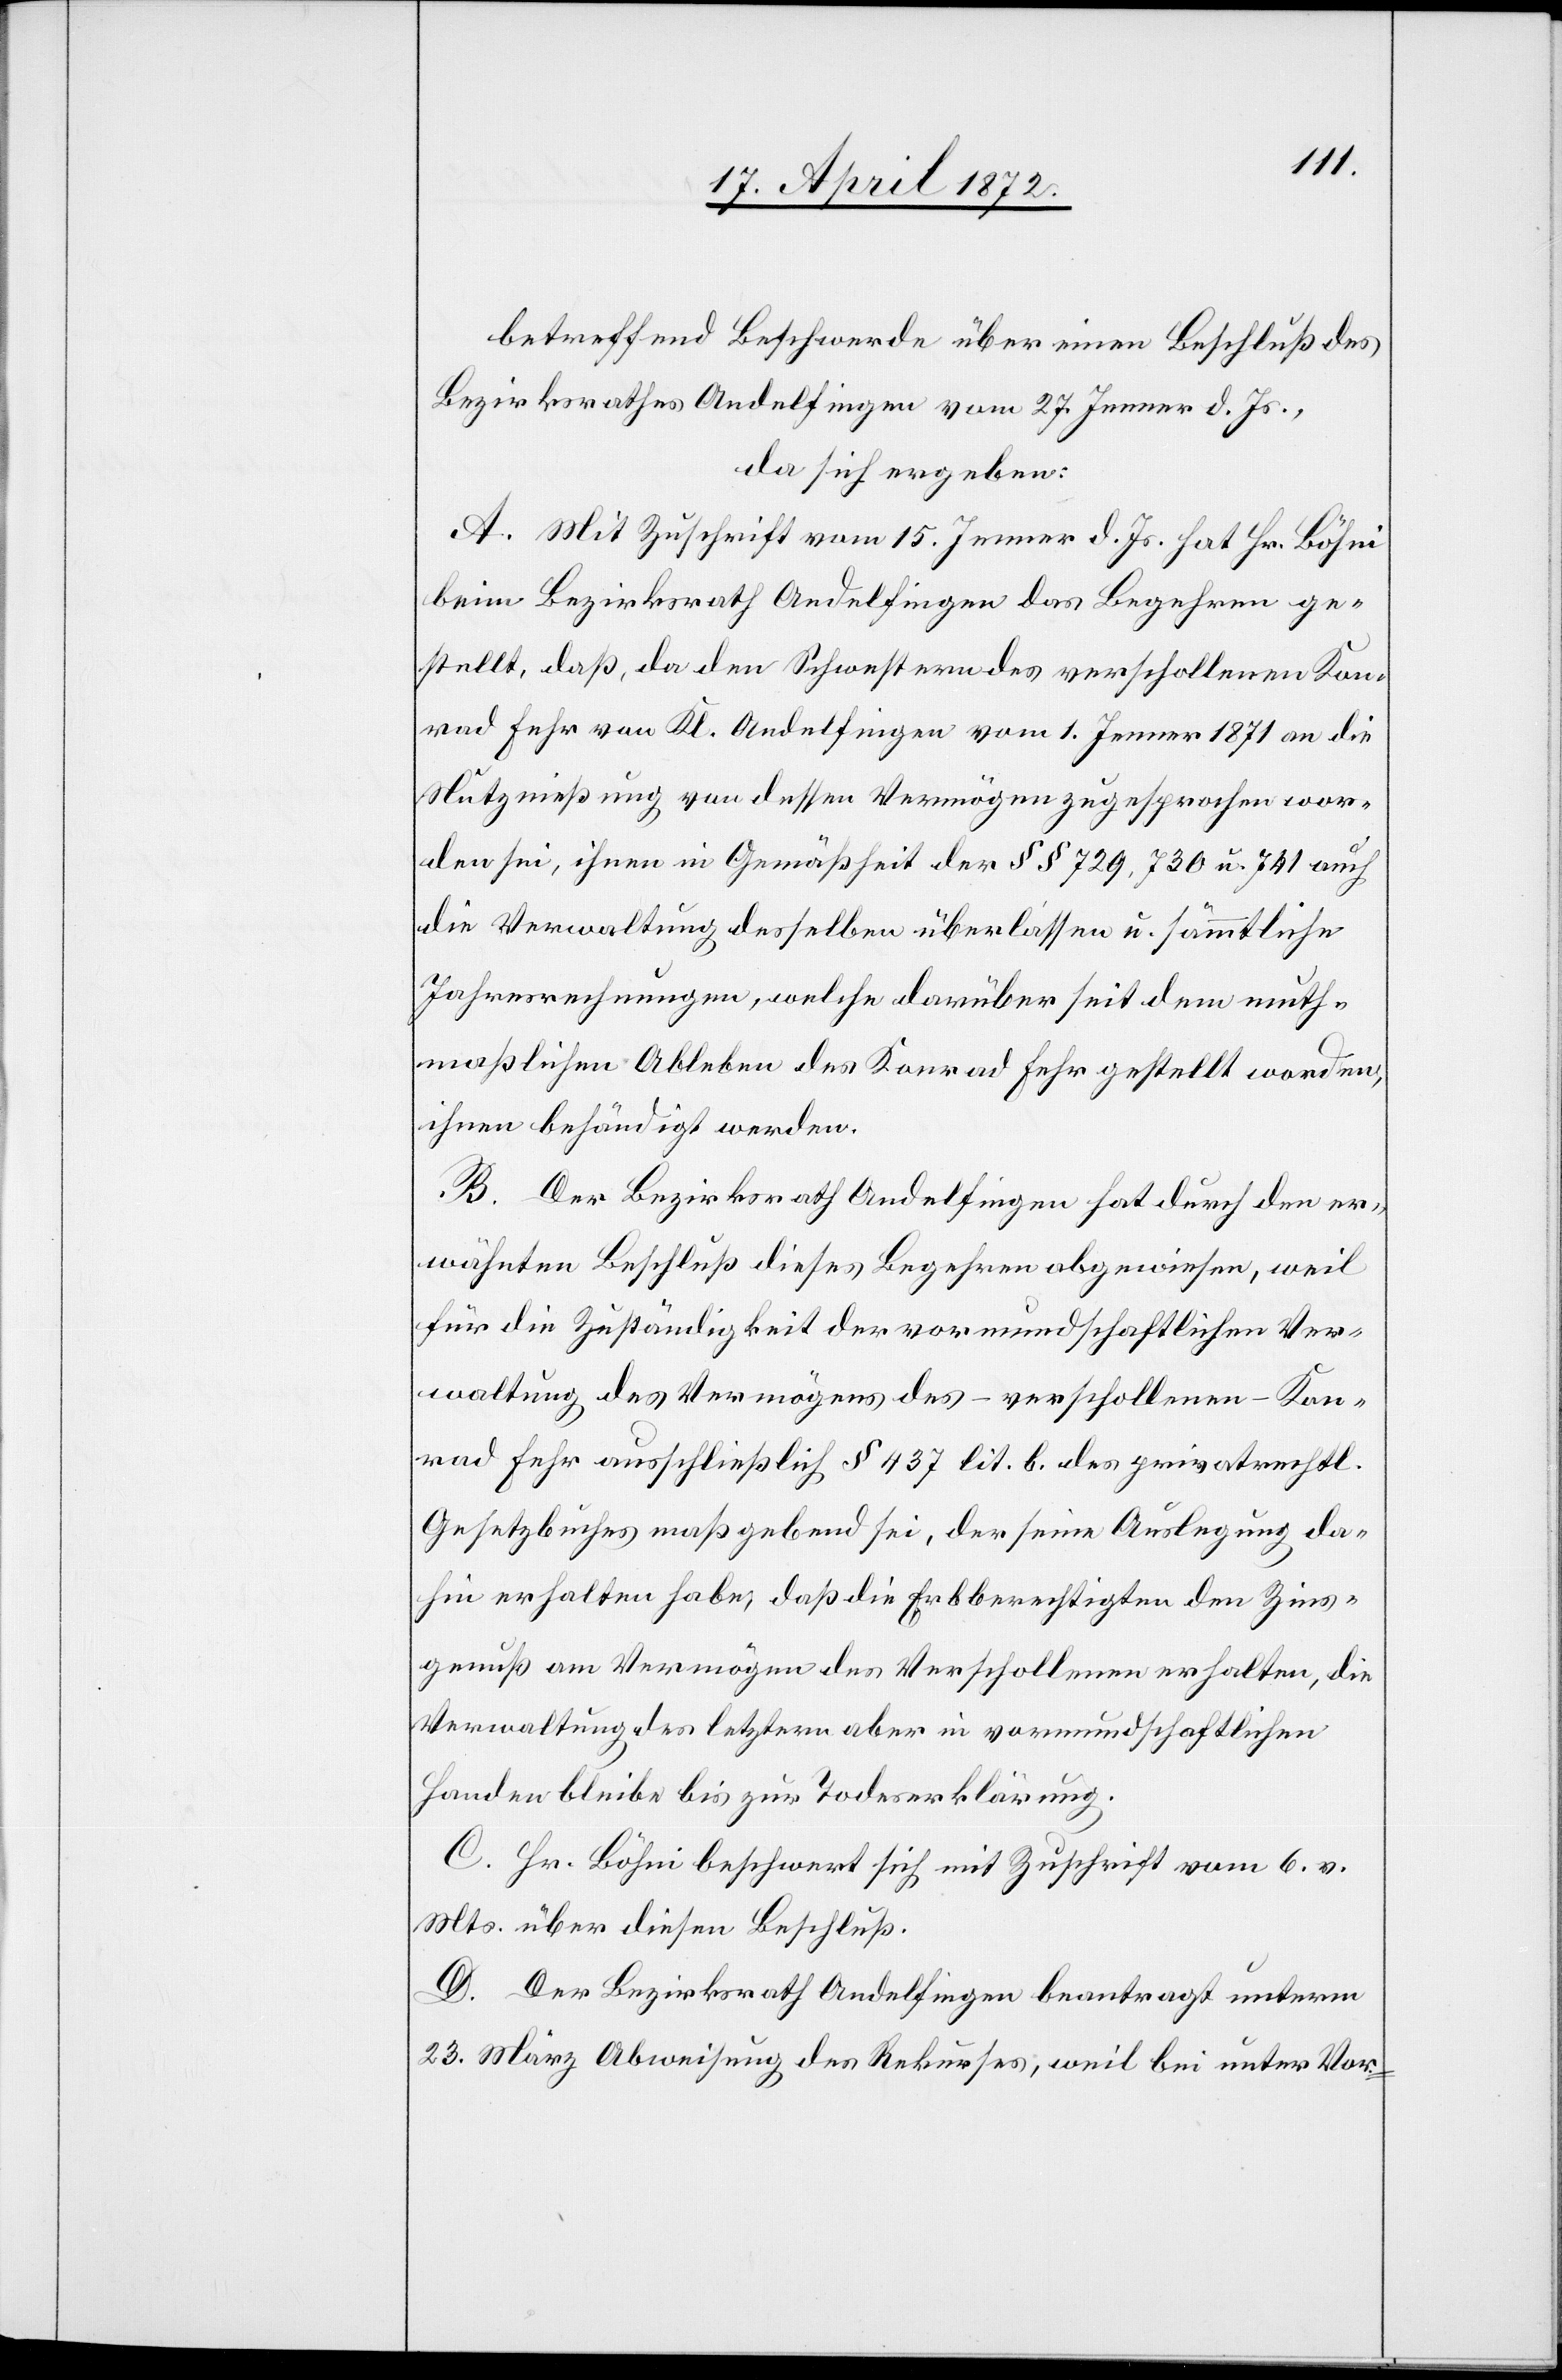
betreffend Beschwerde über einen Beschluß des
Bezirksrathes Andelfingen vom 27. Jenner d. Js,
da sich ergeben:
A. Mit Zuschrift vom 15. Jenner d. Js. hat Hr. Böhni
beim Bezirksrath Andelfingen das Begehren ge¬
stellt, daß, da den Schwestern des verschollenen Kon¬
rad Fehr von Kl. Andelfingen vom 1. Jenner 1871 an die
Nutznießung von dessen Vermögen zugesprochen wor¬
den sei, ihnen in Gemäßheit der §§ 729, 730 u. 741 auch
die Verwaltung desselben überlassen u. sämmtliche
Jahresrechnungen, welche darüber seit dem muth¬
maßlichen Ableben des Konrad Fehr gestellt worden,
ihnen behändigt werden.
B. Der Bezirksrath Andelfingen hat durch den er¬
wähnten Beschluß dieses Begehren abgewiesen, weil
für die Zuständigkeit der vormundschaftlichen Ver¬
waltung des Vermögens des – verschollenen – Kon¬
rad Fehr ausschließlich § 437 lit. b. des privatrechtl.
Gesetzbuches maßgebend sei, der seine Auslegung da¬
hin erhalten habe, daß die Erbberechtigten den Zins¬
genuß am Vermögen des Verschollenen erhalten, die
Verwaltung des letztern aber in vormundschaftlichen
Handen bleibe bis zur Todeserklärung.
C. Hr. Böhni beschwert sich mit Zuschrift vom 6. v.
Mts. über diesen Beschluß.
D. Der Bezirksrath Andelfingen beantragt unterm
23. März Abweisung des Rekurses, weil bei unter Vor-